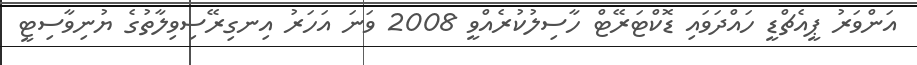
އަންވަރު ޕީއެޗްޑީ ހައްދަވައި ޑޮކްޓަރޭޓް ހާސިލުކުރެއްވީ 2008 ވަނަ އަހަރު އިނގިރޭސިވިލާތުގެ ޔުނިވާސިޓީ